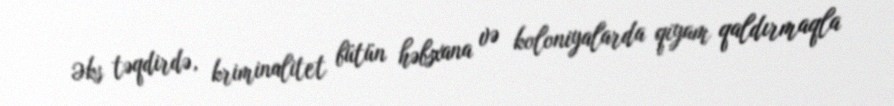
Əks təqdirdə, kriminalitet bütün həbsxana və koloniyalarda qiyam qaldırmaqla